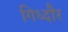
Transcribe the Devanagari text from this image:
गिध्दौर